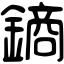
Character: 𨫢